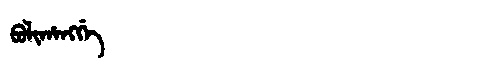
Manchu: ᠪᡠᠯᡳᡥᠠᠩᡤᡝ
Romanization: BULIHANGGE